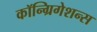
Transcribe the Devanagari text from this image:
कॉन्ग्रिगेशन्स